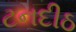
ટનદીઠ